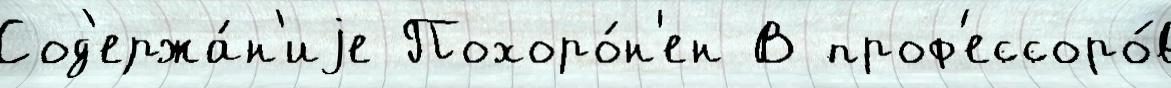
Сод'ержа́н'иjе Похоро́н'ен В проф'ессоро́в